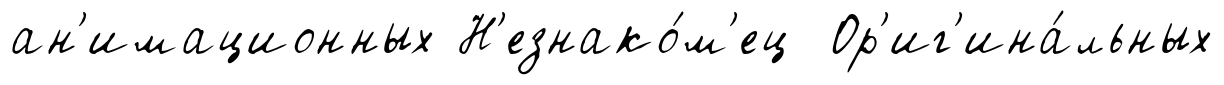
ан'имационных Н'езнако́м'ец Ор'иг'ина́льных